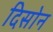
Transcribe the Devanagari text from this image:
दिसोन